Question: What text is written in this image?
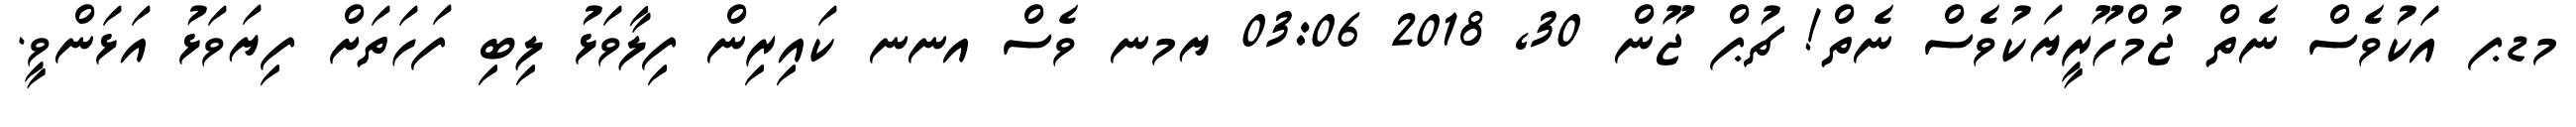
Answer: މޑޕ އަކުވެސް ނެތް ޖުމްހޫރީޔަކުވެސް ނެތް! ޗުޕް ޖޫން 30, 2018 03:06 ޔމނ ވެސް އނނ ކައިރިން ފިލާވަޅު ލިބި ފަހަތަށް ފިޔަވަޅު އަޅަންވީ.